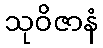
သုဝိဇာနံ